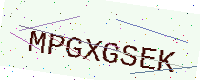
Text: MPGXGSEK